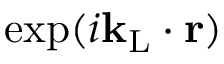
\exp ( i { \bf k } _ { \mathrm { L } } \cdot { \bf r } )